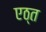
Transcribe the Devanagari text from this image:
एठ्त